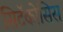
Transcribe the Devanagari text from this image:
सिटॅकोसिस